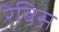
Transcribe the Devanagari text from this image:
रेबिस